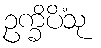
ဥက္ခိပိံသု